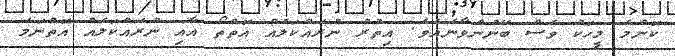
ކޮންމެ މީހަކު ވެސް ބޭނުންވާނެއެވެ. އިތުރު ނުރައްކަލެއް އޮތްތޯ އާއި ނުރައްކަލެއް އޮތްނަމަ